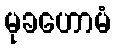
မုခဟောမံ